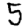
Digit: 5